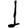
Digit: 1